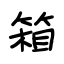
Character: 箱